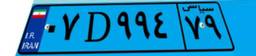
۷۱D۷۷۴۲۹